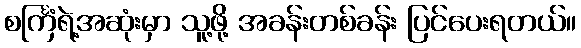
စင်္ကြံရဲ့အဆုံးမှာ သူ့ဖို့ အခန်းတစ်ခန်း ပြင်ပေးရတယ်။